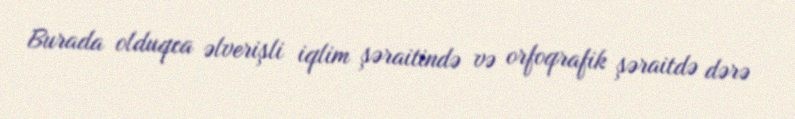
Burada olduqca əlverişli iqlim şəraitində və orfoqrafik şəraitdə dərə